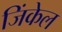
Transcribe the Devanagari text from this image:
जिंकेल